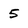
Character: 5